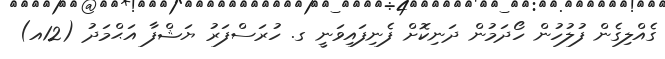
ގެއްލިގެން ފުލުހުން ހޯދަމުން ދަނިކޮށް ފެނިފައިވަނީ ގ. ހުރަސްފަރު ޔަޝްފާ އަޙްމަދު (12އ)